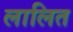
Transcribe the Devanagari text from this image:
लालित